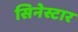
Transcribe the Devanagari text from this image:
सिनेस्टार